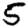
Digit: 5